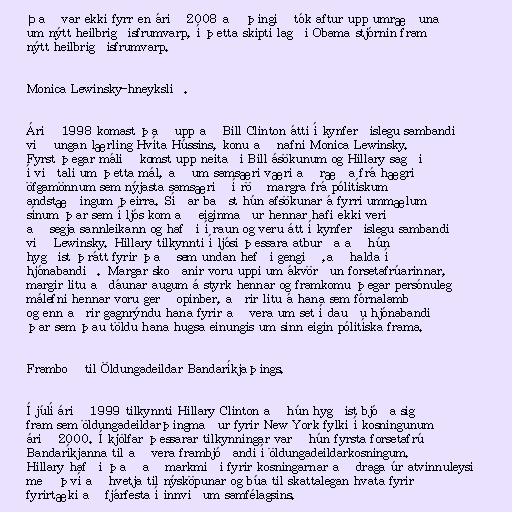
Það var ekki fyrr en árið 2008 að þingið tók aftur upp umræðuna
um nýtt heilbrigðisfrumvarp, í þetta skipti lagði Obama stjórnin fram
nýtt heilbrigðisfrumvarp.

Monica Lewinsky-hneykslið.

Árið 1998 komast það upp að Bill Clinton átti í kynferðislegu sambandi
við ungan lærling Hvíta Hússins, konu að nafni Monica Lewinsky.
Fyrst þegar málið komst upp neitaði Bill ásökunum og Hillary sagði
í viðtali um þetta mál, að um samsæri væri að ræða frá hægri
öfgamönnum sem nýjasta samsærið í röð margra frá pólitískum
andstæðingum þeirra. Síðar baðst hún afsökunar á fyrri ummælum
sínum þar sem í ljós kom að eiginmaður hennar hafi ekki verið
að segja sannleikann og hafði í raun og veru átt í kynferðislegu sambandi
við Lewinsky. Hillary tilkynnti í ljósi þessara atburða að hún
hygðist þrátt fyrir það sem undan hefði gengið ,að halda í
hjónabandið. Margar skoðanir voru uppi um ákvörðun forsetafrúarinnar,
margir litu aðdáunar augum á styrk hennar og framkomu þegar persónuleg
málefni hennar voru gerð opinber, aðrir litu á hana sem fórnalamb
og enn aðrir gagnrýndu hana fyrir að vera um set í dauðu hjónabandi
þar sem þau töldu hana hugsa einungis um sinn eigin pólitíska frama.

Framboð til Öldungadeildar Bandaríkjaþings.

Í júlí árið 1999 tilkynnti Hillary Clinton að hún hygðist bjóða sig
fram sem öldungadeildarþingmaður fyrir New York fylki í kosningunum
árið 2000. Í kjölfar þessarar tilkynningar varð hún fyrsta forsetafrú
Bandaríkjanna til að vera frambjóðandi í öldungadeildarkosningum.
Hillary hafði það að markmiði fyrir kosningarnar að draga úr atvinnuleysi
með því að hvetja til nýsköpunar og búa til skattalegan hvata fyrir
fyrirtæki að fjárfesta í innviðum samfélagsins.